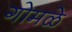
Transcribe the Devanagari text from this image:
गोमळे